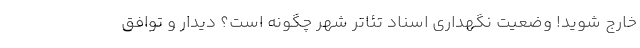
خارج شوید! وضعیت نگهداری اسناد تئاتر شهر چگونه است؟ دیدار و توافق